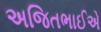
અજિતભાઈએ